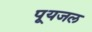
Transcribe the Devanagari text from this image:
पूयजल